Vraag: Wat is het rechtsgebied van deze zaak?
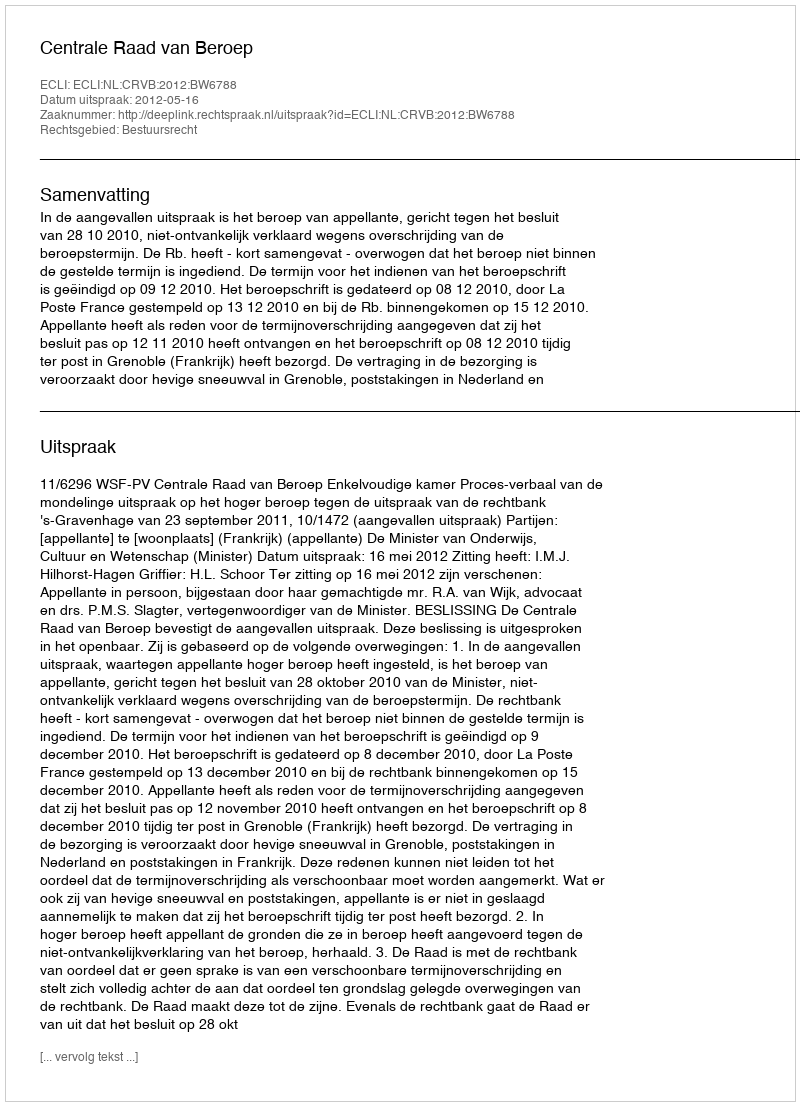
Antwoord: Bestuursrecht